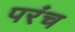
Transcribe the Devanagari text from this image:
परंच